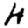
Digit: 4